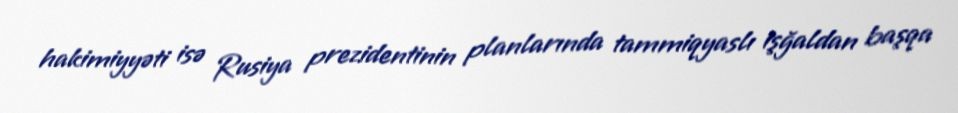
hakimiyyəti isə Rusiya prezidentinin planlarında tammiqyaslı işğaldan başqa